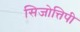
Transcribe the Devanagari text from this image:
सिजोत्तिपी